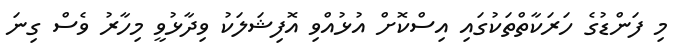
މި ފަންޑުގެ ހަރަކާތްތަކުގައި އިސްކޮށް އުޅުއްވި އޮފިޝަލަކު ވިދާޅުވީ މިހާރު ވެސް ގިނަ